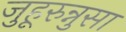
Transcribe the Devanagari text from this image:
जुहूरुन्नुसा